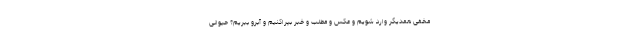
مخفی همدیگر وارد شویم و عکس و مطلب و خبر بپراکنیم و آبرو ببریم؟ حیوانی